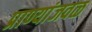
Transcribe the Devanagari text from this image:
प्राण्यांजवळ